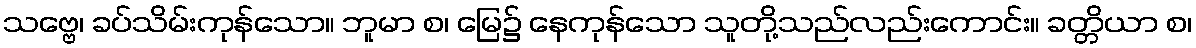
သဗ္ဗေ၊ ခပ်သိမ်းကုန်သော။ ဘူမာ စ၊ မြေ၌ နေကုန်သော သူတို့သည်လည်းကောင်း။ ခတ္တိယာ စ၊